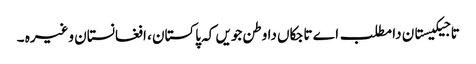
تاجیکیستان دا مطلب اے تاجکاں دا وطن جویں کہ پاکستان ، افغانستان وغیرہ ۔